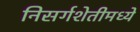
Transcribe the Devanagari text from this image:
निसर्गशेतीमध्ये